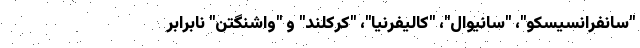
"سانفرانسیسکو"، "سانیوال"، "کالیفرنیا"، "کرکلند" و "واشنگتن" نابرابر